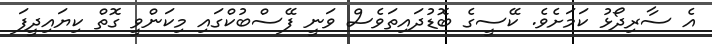
އެ ސާރިދޯޅު ކަމަށެވެ. ކޭސީގެ ބޮޑުދައިތަވެސް ވަނީ ފޭސްބުކްގައި މިކަންވީ ގޮތް ކިޔައިދީފަ